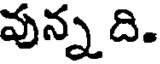
వున్న ది.